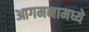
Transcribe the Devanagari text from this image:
आगमनामध्ये